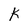
Character: K